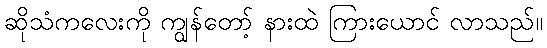
ဆိုသံကလေးကို ကျွန်တော့် နားထဲ ကြားယောင် လာသည်။